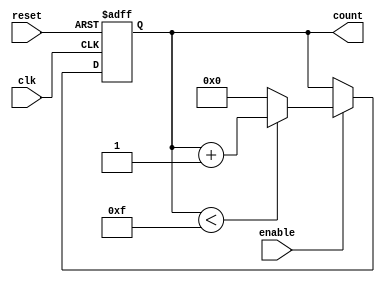
module memory_blocks_up_counter (
    input wire clk,         // Clock input
    input wire reset,       // Asynchronous reset input
    input wire enable,      // Enable signal
    output reg [3:0] count  // 4-bit output for the current count value
);

    // Parameters for minimum and maximum values
    localparam MIN_VALUE = 4'b0000;
    localparam MAX_VALUE = 4'b1111;

    // Asynchronous reset and enable logic
    always @(posedge clk or posedge reset) begin
        if (reset) begin
            count <= MIN_VALUE; // Reset count to minimum value
        end else if (enable) begin
            if (count < MAX_VALUE) begin
                count <= count + 1; // Increment count
            end else begin
                count <= MIN_VALUE; // Wrap around to minimum value
            end
        end
    end

endmodule